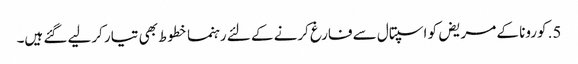
5. کورونا کے مریض کو اسپتال سے فارغ کرنے کے لئے رہنما خطوط بھی تیار کرلیے گئے ہیں۔